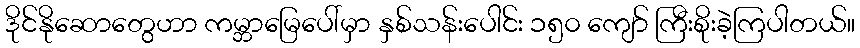
ဒိုင်နိုဆောတွေဟာ ကမ္ဘာမြေပေါ်မှာ နှစ်သန်းပေါင်း ၁၅၀ ကျော် ကြီးစိုးခဲ့ကြပါတယ်။